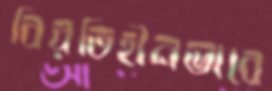
বিরতিহীনভাবে